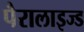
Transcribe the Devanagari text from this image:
पैरालाइज्ड